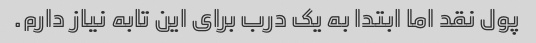
پول نقد اما ابتدا به یک درب برای این تابه نیاز دارم.